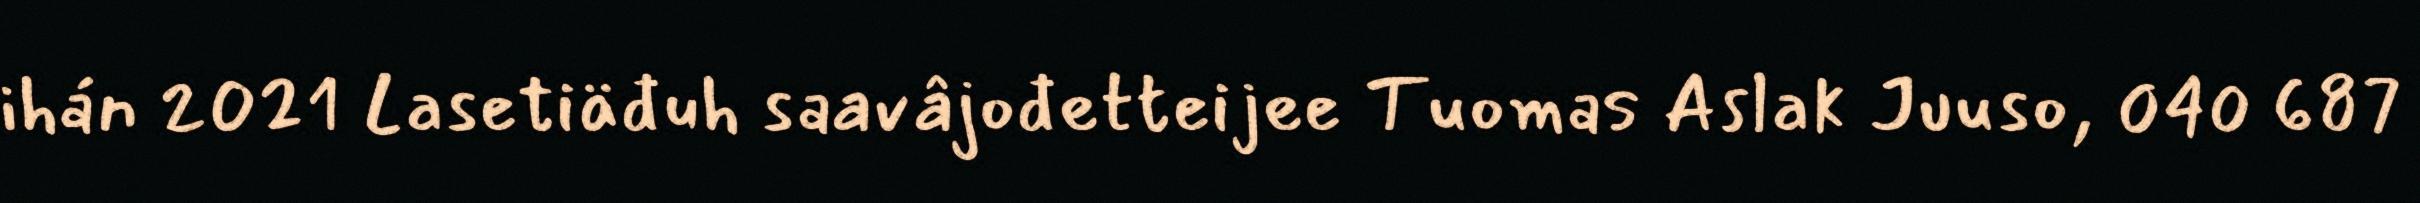
ihán 2021 Lasetiäđuh saavâjođetteijee Tuomas Aslak Juuso, 040 687